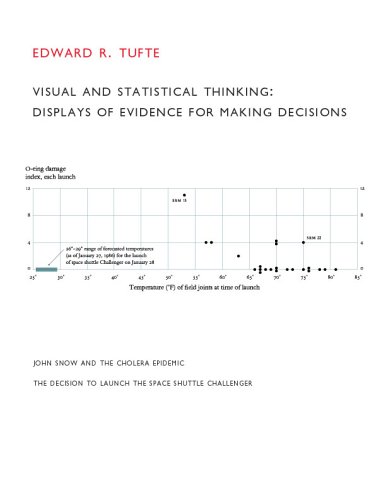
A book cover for Visual and Statistical Thinking: Displays of Evidence for Making Decisions; Edward R. Tufte; Science & Math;